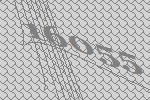
16055